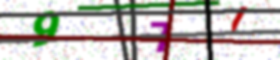
Text: 97I